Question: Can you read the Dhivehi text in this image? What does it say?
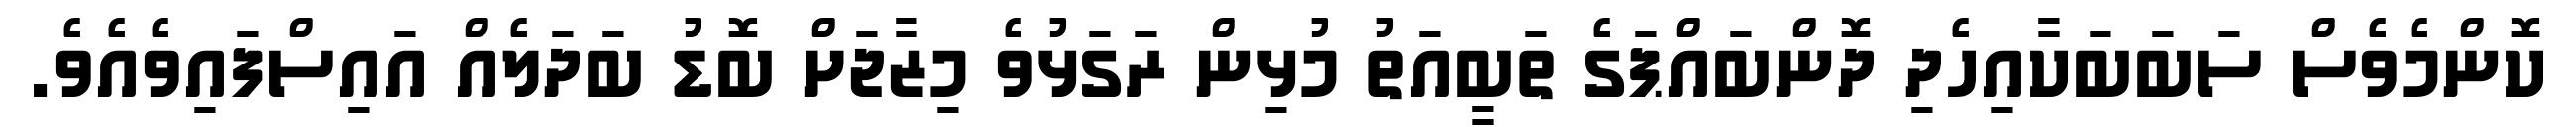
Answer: ކޮންމެވެސް ސަބަބަކާއިހެދި ދޮންބައްޕަގެ ތަބީއަތު މުޅިން ރަގަޅުވެ މިޒާޖަށް ބޮޑު ބަދަލެއް އައިސްފައިވެއެވެ.